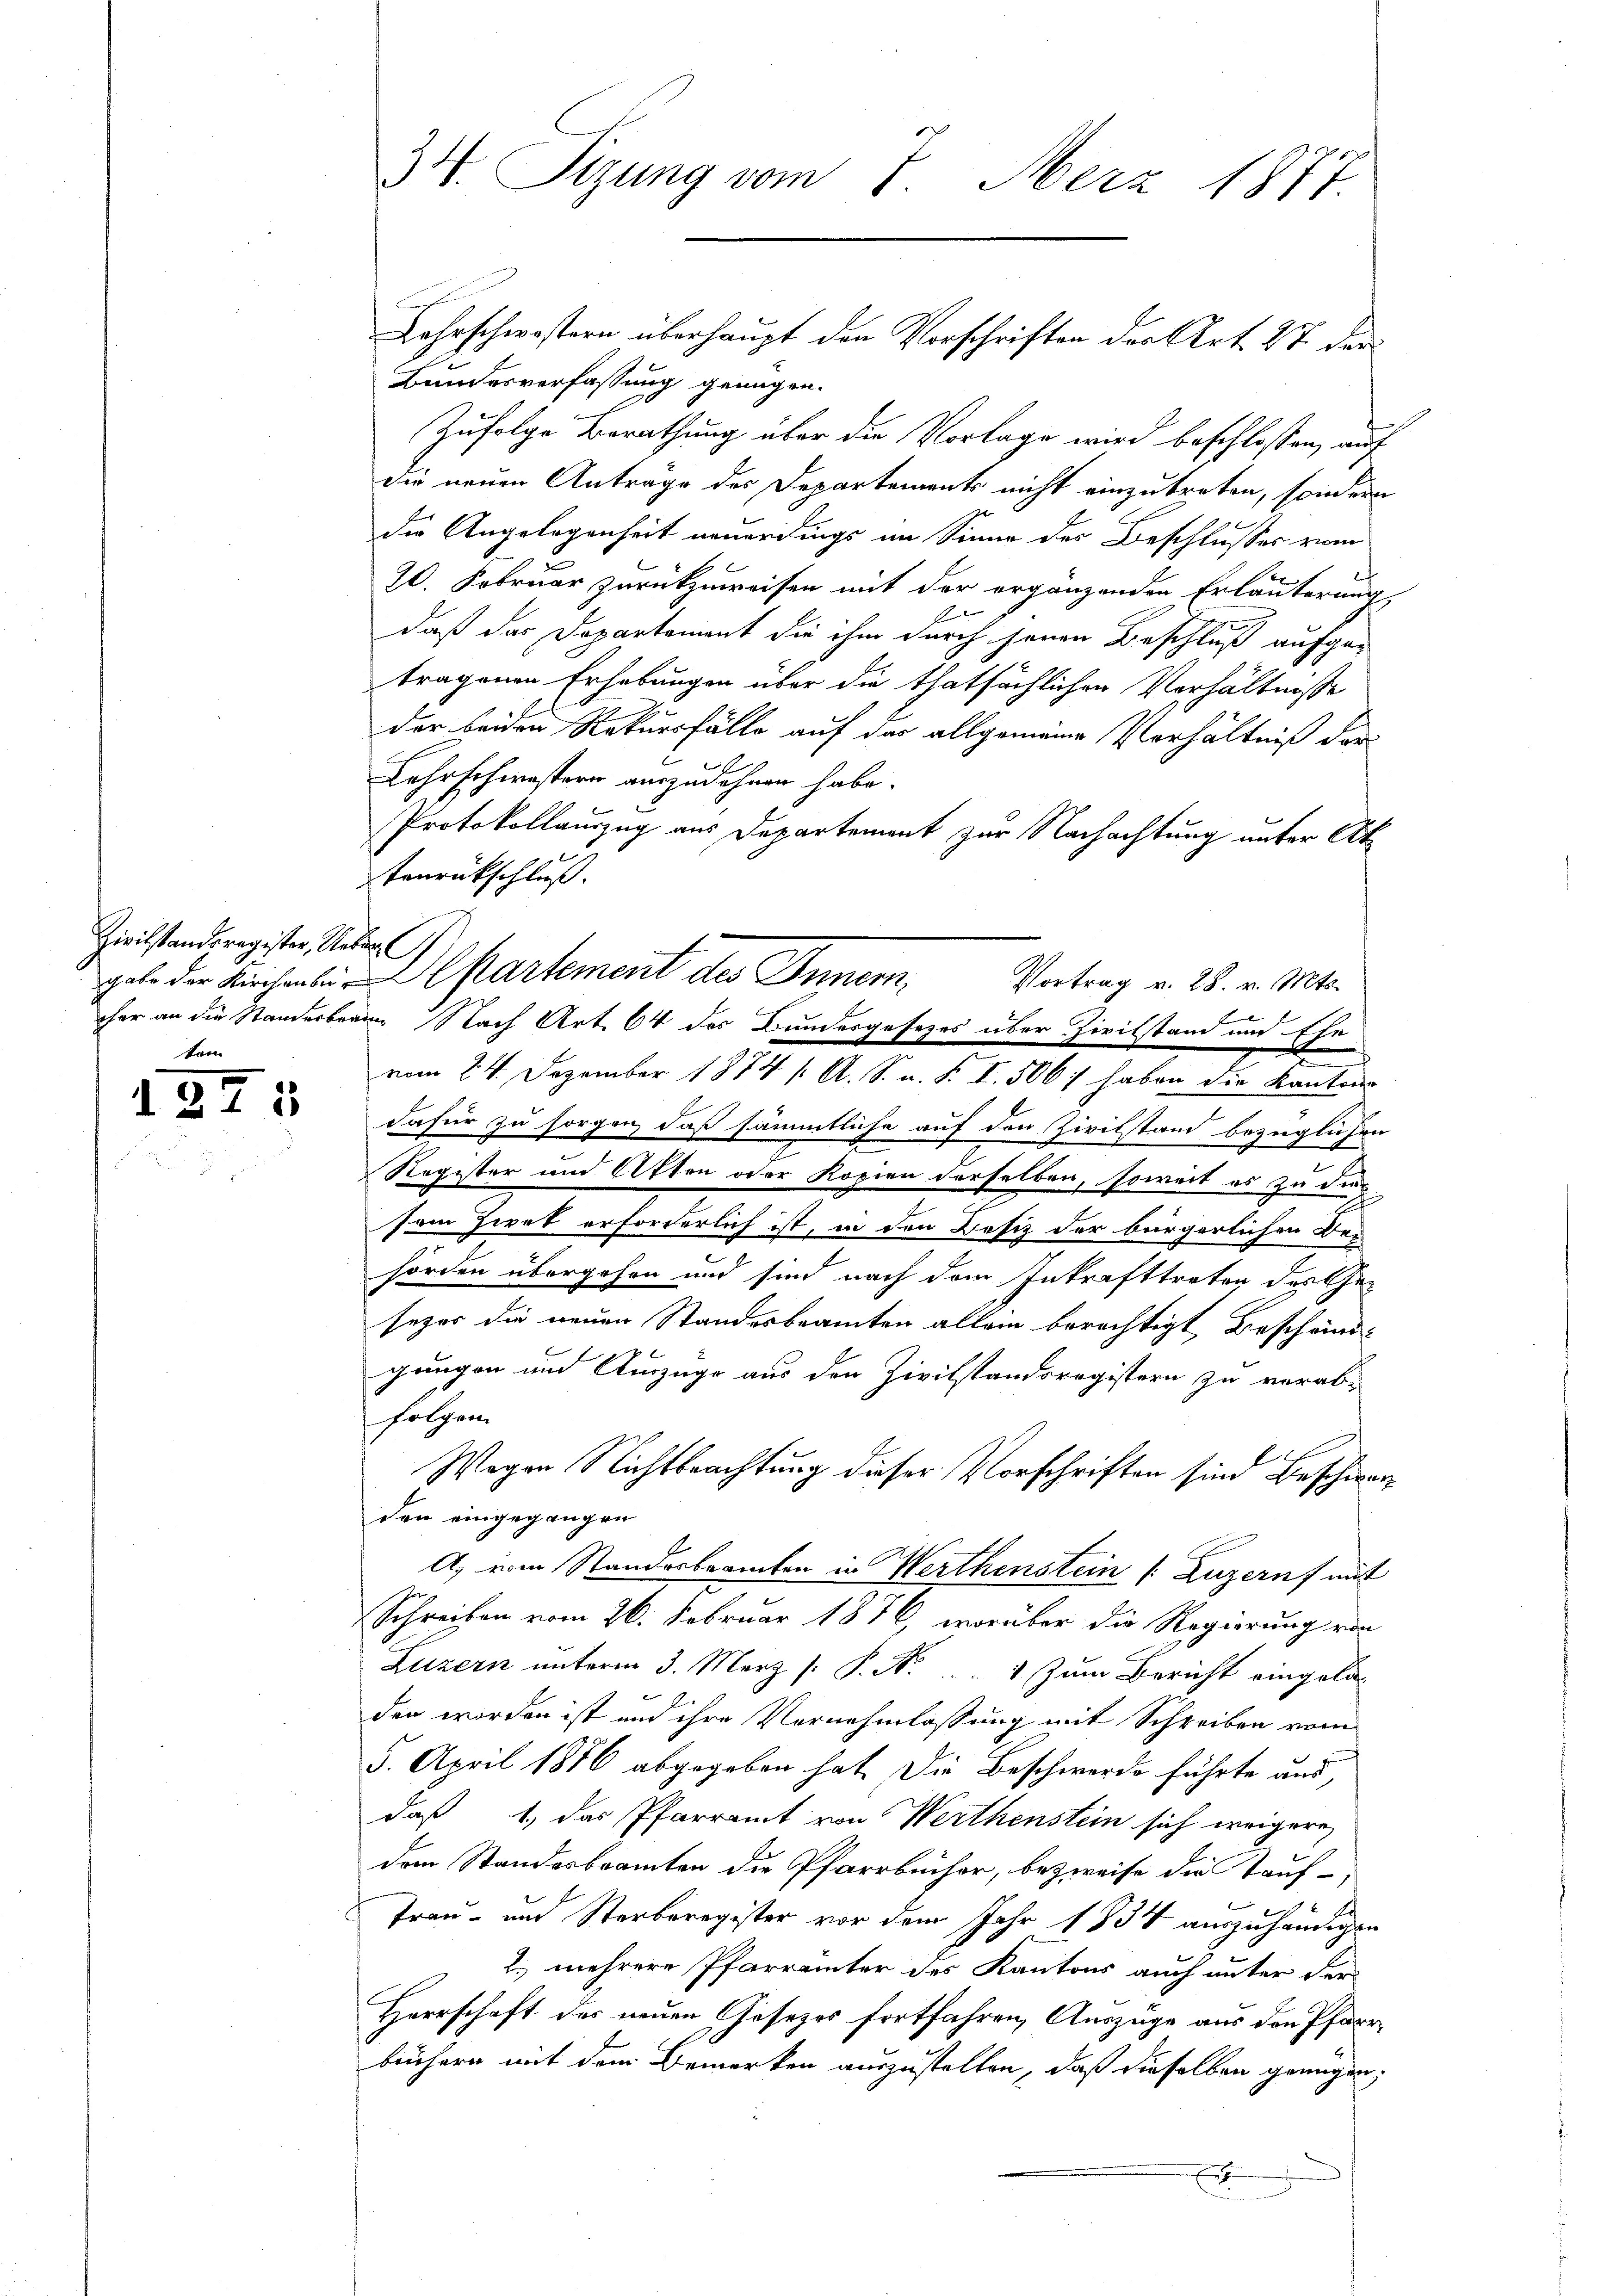
Zivilstandsregister, Ueber l
tem

1275

34. Tigung vom 7. Merz 1877.

Lehrschwestern überhaupt den Vorschriften der Art. 27 der
Bundesverfassung genügen.
Zufolge Berathung über die Vorlage wird beschlossen, auf
die neuen Anträge des Departements nicht einzutreten, sondern
u
die Angelegenheit neuerdings im Sinne des Beschlusses vom
2
20. Februar zurückzuweisen mit der ergänzenden Erläuterung
2
daß das Departement die ihm durch jenen Beschluß aufge-
tragenen Erhebungen über die thatsächlichen Verhältnisse
der beiden Rekursfälle auf das allgemeine Verhältniß der
Lehrschwestern auszudehnen habe.
Protokollauszug aus Departement zur Nachachtung unter Attenrückschluß.
gabe der Kirchenbei Alkartement des Inner, Vortrag v. 28. v. Mts.
vom 24. Dezember 1874 /: A. S. n. F. I. 506/ haben die Kantons
dafür zu sorgen, daß sämmtliche auf den Zivilstand bezüglichen
n
Register und Akten oder Kopien derselben, soweit es zu de
sein Ziret erforderlich ist, in den Besiz der bürgerlichen Behörden übergehen und sind nach dem Inkrafttreten des Gesezes die neuen Standesbeamten allein berechtigt Beschäindgangen und Auszüge aus den Zivilstandsregistern zu verab-
folgen.
Wegen Nichtbeachtung dieser Vorschriften sind Beschwarz
den eingegangen
A. vom Standesbeamten in Werthenstein (Luzern mit
Schreiben vom 26. Februar 1876, worüber die Regierung von
Luzern unterm 3. März [ P. Nr. ..  Zum Bericht eingeladen worden ist und ihre Vernehmlassung mit Schreiben vom
5. April 1876 abgegeben hat. Die Beschwerde führte aus,
daß 1, das Pfarramt von Werthenstein sich weigere
dem Standesbeamten die Pfarrbücher, bezweife die Tauf-
Trau- und Sterberegister vor dem Jahr 1834 auszuhändigen
2. mehrere Pfarrämter des Kantons auch unter der
Herrschaft des neuen Gesezes fortfahren, Auszüge aus den Pfarrbüchern mit dem Bemerken auszustellen, daß dieselben genügen,
E

cher an die Standerbrann Nach Art. 64 des Bundesgesetzes über Zivilstand und Ehe